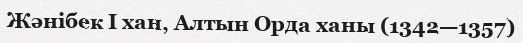
Жәнібек I хан, Алтын Орда ханы (1342—1357)